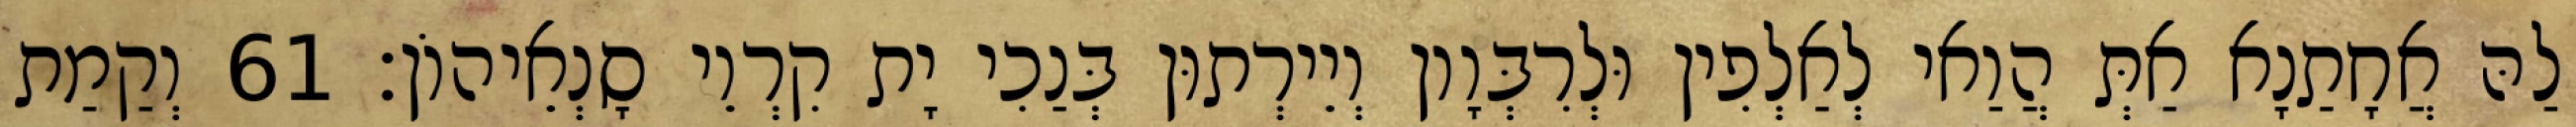
לַהּ אֲחָתַנָא אַתְּ הֲוַאי לְאַלְפִין וּלְרִבְּוָון וְיֵירְתוּן בְּנַכִי יָת קִרְוֵי סָנְאֵיהוֹן׃ 61 וְקַמַת